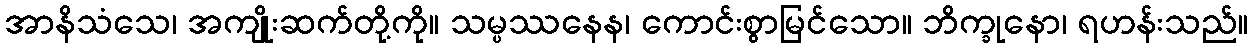
အာနိသံသေ၊ အကျိုးဆက်တို့ကို။ သမ္ပဿနေန၊ ကောင်းစွာမြင်သော။ ဘိက္ခုနော၊ ရဟန်းသည်။